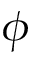
\phi